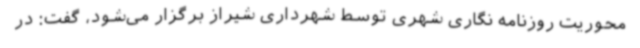
محوریت روزنامه نگاری شهری توسط شهرداری شیراز برگزار می‌شود، گفت: در